Annual statistical returns and brief notes on vaccination in Bengal - 1887-1898
Year: 1887
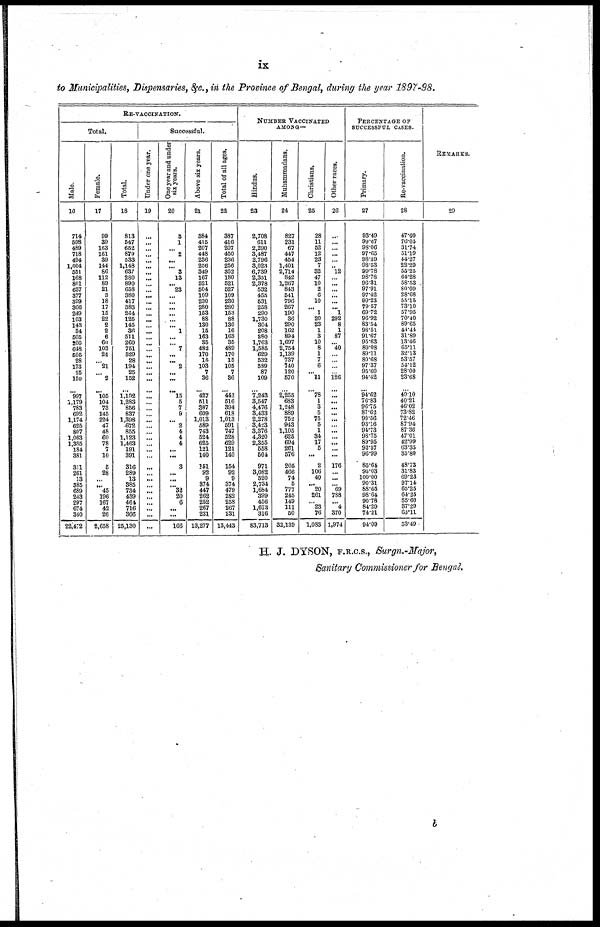
ix
to Municipalities, Dispensaries, &c., in the Province of Bengal, during the year 1897-98.
RE-VACCINATION.
Total.
Male.
16
714
588
489
718
494
1,004
551
168
801
637
377
399
366
249
103
143
34
505
200
648
505
28
173
25
150
... 997
1,179
783
692
1,174
625
807
1,063
1,385
184
381
311
261
13
385
689
243
297
674
340
22,472
Female.
17
99
39
163
161
39
144
86
112
89
21
3
18
17
15
22
2
2
6
60
103
24
... 21
... 2
... 105
104
73
145
224
47
48
60
78
7
10
5
28
... ... 45
196
167
42
26
2,658
Total.
18
813
547
652
879
533
1,148
637
280
890
658
380
417
383
264
125
145
36
511
260
751
529
28
194
25
152
...
1,102
1,283
856
837
1,398
672
855
1,123
1,463
191
391
316
289
13
385
734
439
464
716
366
25,130
Successful.
Under one year.
19
...
...
...
...
...
...
...
...
...
...
...
...
...
...
...
...
...
...
...
...
...
...
...
...
...
...
...
...
...
...
...
...
...
...
...
...
...
...
...
...
...
...
...
...
...
...
...
One year and under
six years.
20
3
1
... 2
...
... 3
13
... 23
...
...
...
...
... ... 1
... ... 7
...
... 2
...
...
... 15
5
7
9
... 2
4
4
4
... ...
3
... ...
... 32
20
6
... ...
166
Above six years.
21
384
415
207
448
236
256
349
167
521
504
109
230
280
153
88
130
15
163
35
482
170
15
103
7
36
... 427
511
387
609
1,013
589
743
524
625
121
140
151
92
9
374
447
262
252
267
231
13,277
Total of all ages.
22
387
416
207
450
236
256
352
180
521
527
109
230
280
153
88
130
16
163
35
489
170
15
105
7
36
... 442
516
394
618
1,013
591
747
528
629
121
140
154
92
9
374
479
282
258
267
231
13,443
NUMBER VACCINATED
AMONG—
Hindus.
23
2,708
611
2,290
3,487
2,796
3,023
6,739
2,351
2,378
532
455
531
258
290
1,730
304
208
380
1,763
1,585
629
532
589
87
109
... 7,243
3,547
4,476
3,433
2,278
3,423
3,376
4,320
2,355
558
504
971
3,082
520
2,734
1,684
399
456
1,673
316
83,713
Muhammadans.
24
827
231
67
447
454
1,401
2,714
842
1,267
843
541
796
267
190
36
290
162
894
1,697
2,754
1,139
737
740
120
570
...
2,255
683
1,248
889
752
943
1,105
625
694
261
576
205
466
74
5
777
245
149
111
60
32,139
Christians.
25
28
11
52
12
23
7
32
47
10
2
6
10
... 1
20
23
1
3
10
8
1
7
6
... 11
... 78
1
3
5
75
5
1
34
17
5
...
2
106
40
... 20
261
... 23
76
1,083
Other races.
26
...
...
...
...
...
... 12
...
...
...
...
...
... 1
292
8
1
87
... 40
...
...
...
... 126
...
...
...
...
...
...
...
...
...
...
...
...
176
...
...
... 69
788
... 4
370
1,974
PERCENTAGE OF
SUCCESSFUL CASES.
Primary.
27
93.49
99.67
98.06
97.65
98.39
98.53
99.78
98.78
96.31
97.91
97.42
99.23
79.57
69.72
96.92
83.54
98.51
91.67
95.63
89.08
89.11
80.68
97.37
95.60
94.42
... 94.62
76.83
96.75
87.62
90.56
93.16
94.73
98.75
89.95
92.57
96.99
85.64
95.03
100.00
90.31
88.65
98.64
90.78
84.29
74.21
94.09
Re-vaccination.
28
47.60
76.05
31.74
51.19
44.27
22.29
55.25
64.28
58.53
80.09
28.68
55.15
73.10
57.95
70.40
89.65
44.44
31.89
13.46
65.11
32.13
53.57
54.12
28.00
23.68
...
40.10
40.21
46.02
73.82
72.46
87.94
87.36
47.01
42.99
63.35
35.80
48.73
31.83
69.23
97.14
65.25
64.25
55.60
37.29
63.11
53.49
REMARKS.
29
H. J. DYSON, F.R.C.S., Surgn.-Major,
Sanitary Commissioner for Bengal.
b